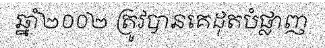
ឆ្នាំ២០០២ ត្រូវបានគេដុតបំផ្លាញ